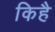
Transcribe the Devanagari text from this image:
किहै